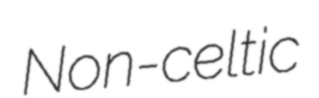
Non-celtic